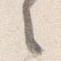
之